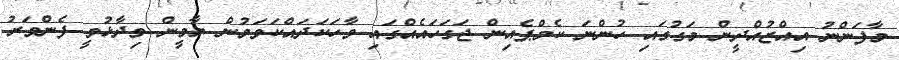
މާފަންނު އިއްޒުއްދީން މަގުގައި ހުންނަ ކެމްޕެއިން ޖަގަހައެއްގައި ވާހަކަދައްކަވަމުން ޔާމީން ވިދާޅުވީ ފެންވަރު